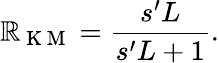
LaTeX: \mathbb{R}_{\mathrm{{~K~M~}}}=\frac{{s^{\prime}L}}{{s^{\prime}L+1}}.